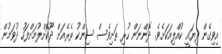
އިވިގެން ދިޔައީ ކުއްލިއަކަށެވެ. ދޮންނަން ހުރި ތަށިވެސް ސިންކު ތެރެއަށް ދޫކޮށްލުމަށްފަހު ދުވަމުން